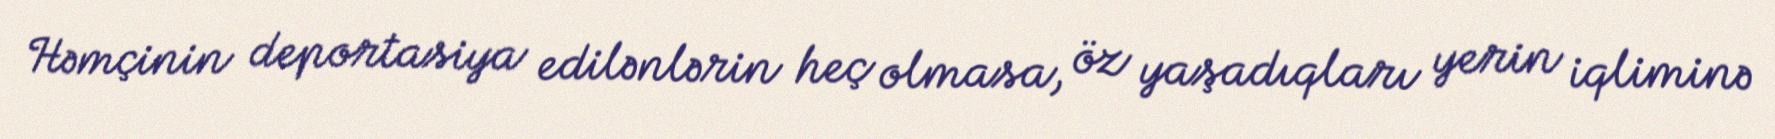
Həmçinin deportasiya edilənlərin heç olmasa, öz yaşadıqları yerin iqliminə